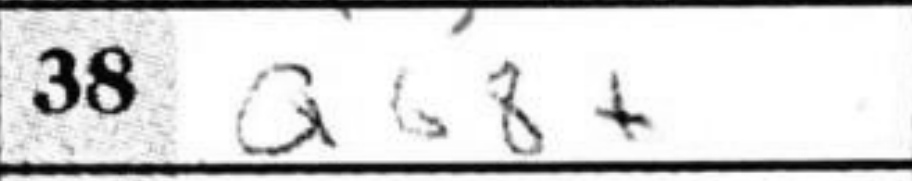
Transcription: Qg8+